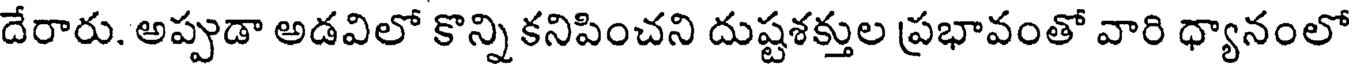
దేరారు. అప్పుడా అడవిలో కొన్ని కనిపించని దుష్టశక్తుల ప్రభావంతో వారి ధ్యానంలో